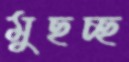
মুছচ্ছ